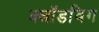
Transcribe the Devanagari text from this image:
क्लॉडविग